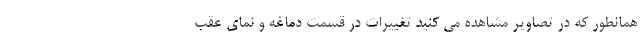
همانطور که در تصاویر مشاهده می کنید تغییرات در قسمت دماغه و نمای عقب